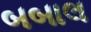
બબાલ